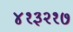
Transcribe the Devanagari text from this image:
४१३२१७